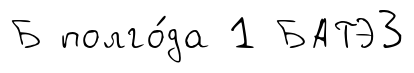
Б полго́да 1 БАТЭ3